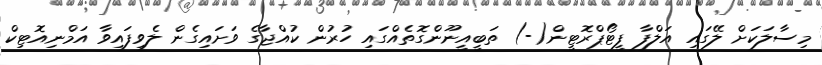
މިސާލަކަށް ލޭގައި އަލްފާ ފީޓޯޕްރޮޓީން(-) ތަބީއީނޫންގޮތެއްގައި ހުރުން ކުއްޖާގެ ވަށައިގެން ލެވިފައިވާ އަމްނިއޮޓިކް